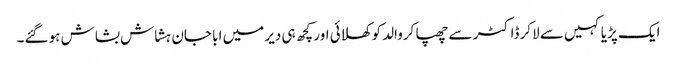
ایک پڑیا کہیں سے لاکر ڈاکٹر سے چھپا کروالد کو کھلائی اور کچھ ہی دیر میں ابا جان ہشاش بشاش ہو گئے۔